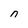
Character: n